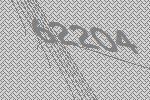
62204